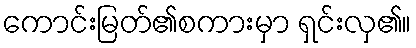
ကောင်းမြတ်၏စကားမှာ ရှင်းလှ၏။